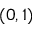
( 0 , 1 )